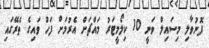
ފޮނުވާލި މިސައިލް ވަނީ 10 ކިލޯމީޓަރު މައްޗަށް އެރުމަށް ފަހު ވައިގެ ތެރޭގައި